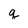
Character: q